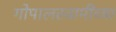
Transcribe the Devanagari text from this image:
गोपालस्वामींच्या